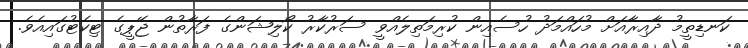
ކަނޑިތީމު ދާއިރާއަށް މުހައްމަދު ހުސެއިން ކުރިމަތިލެއްވީ ސަރުކާރު ކޯލިޝަންގެ ފަރާތުން ޖޭޕީގެ ޓިކެޓުގައިއެވެ.